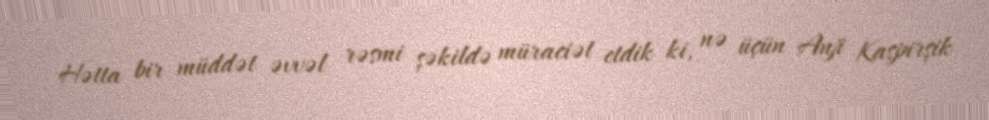
Hətta bir müddət əvvəl rəsmi şəkildə müraciət etdik ki, nə üçün Anji Kaspirşik